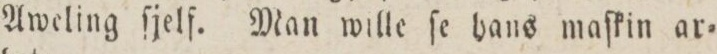
Aweling ſjelf. Man wille ſe hans maſkin ar=